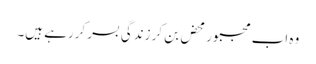
وہ اب مجبورمحض بن کر زندگی بسر کررہے ہیں۔